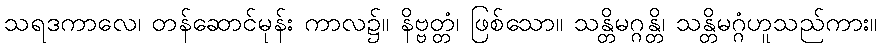
သရဒကာလေ၊ တန်ဆောင်မုန်း ကာလ၌။ နိဗ္ဗတ္တံ၊ ဖြစ်သော။ သန္တိမဂ္ဂန္တိ၊ သန္တိမဂ္ဂံဟူသည်ကား။